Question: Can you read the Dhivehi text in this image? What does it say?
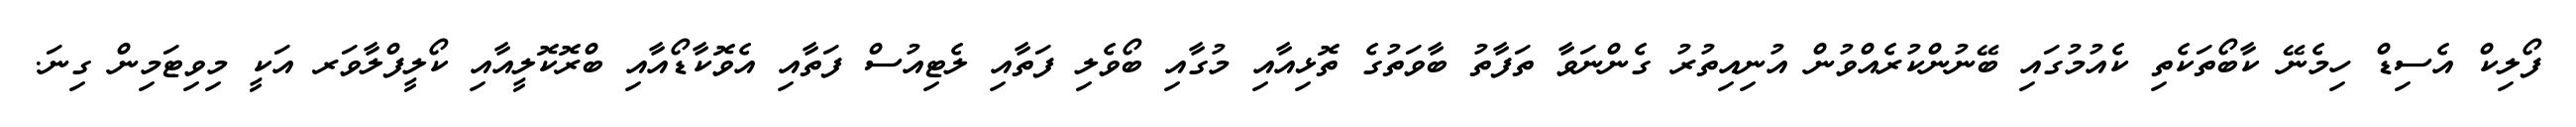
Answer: ފޯލިކް އެސިޑް ހިމެނޭ ކާބޯތަކެތި ކެއުމުގައި ބޭނުންކުރެއްވުން އުނިއިތުރު ގެންނަވާ ތަފާތު ބާވަތުގެ ތޮޅިއާއި މުގާއި ބޯވެލި ފަތާއި ލެޓިއުސް ފަތާއި އެވޮކާޑޯއާއި ބްރޮކޮލީއާއި ކޯލީފްލާވަރ އަކީ މިވިޓަމިން ގިނަ.